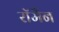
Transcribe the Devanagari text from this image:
रॉमैन